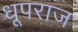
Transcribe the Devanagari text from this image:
धूपराज